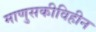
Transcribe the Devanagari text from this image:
माणुसकीविहीन